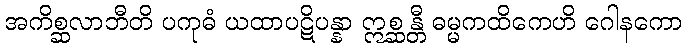
အကိစ္ဆလာဘီတိ ပကုဓံ ယထာပဋိပန္နာ ဣစ္ဆန္တီ ဓမ္မကထိကေဟိ ဂေါနကော